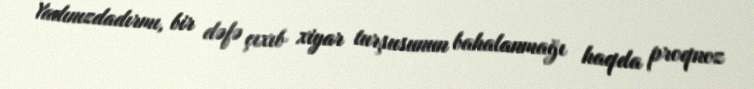
Yadınızdadırmı, bir dəfə çıxıb xiyar turşusunun bahalanmağı haqda proqnoz